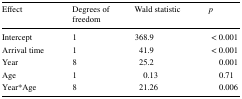
<table><thead><tr><td><b>Effect</b></td><td><b>Degrees of freedom</b></td><td><b>Wald statistic</b></td><td><b><i>p</i></b></td></tr></thead><tbody><tr><td>Intercept</td><td>1</td><td>368.9</td><td>&lt; 0.001</td></tr><tr><td>Arrival time</td><td>1</td><td>41.9</td><td>&lt; 0.001</td></tr><tr><td>Year</td><td>8</td><td>25.2</td><td>0.001</td></tr><tr><td>Age</td><td>1</td><td>0.13</td><td>0.71</td></tr><tr><td>Year*Age</td><td>8</td><td>21.26</td><td>0.006</td></tr></tbody></table>